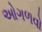
ઓગળવો